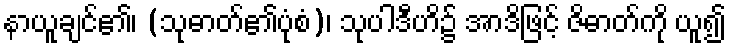
နာယူချင်၏၊ (သုဓာတ်၏ပုံစံ)၊ သုပါဒီဟိ၌ အာဒိဖြင့် ဇိဓာတ်ကို ယူ၍